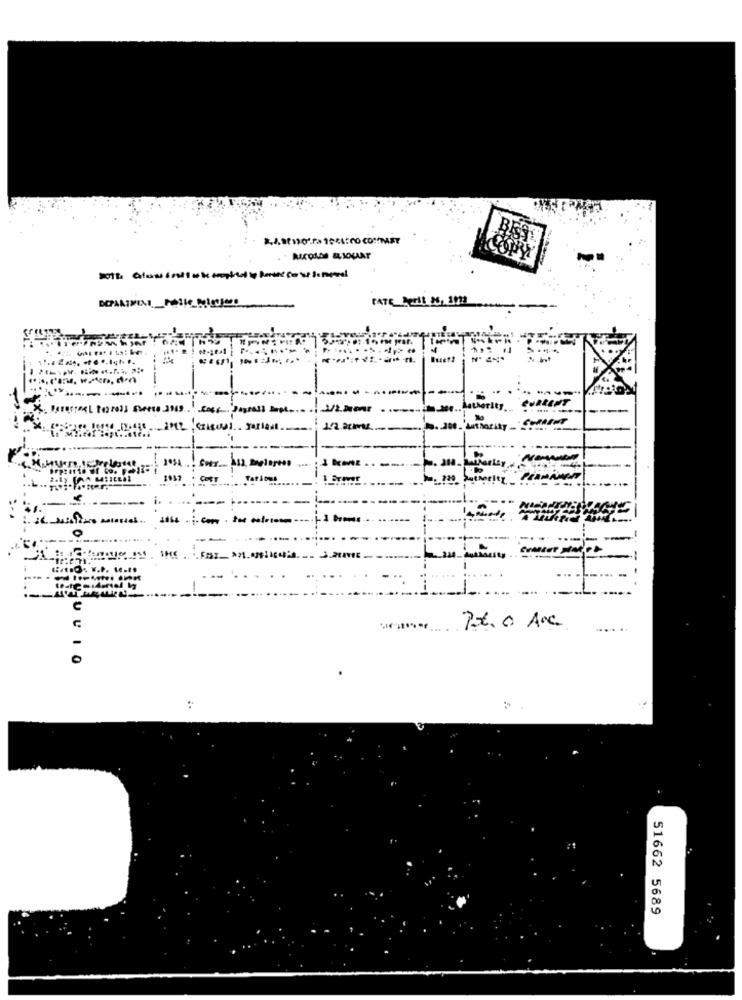
DATE Perit 86, 3022
Criscu] Farias
kanz
- Cor
-.
C
Pot. a Avc
0
UVIO
:
51662 5689